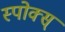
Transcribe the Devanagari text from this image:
स्पोक्स्